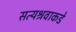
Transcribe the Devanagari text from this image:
सत्यश्रवाकडे